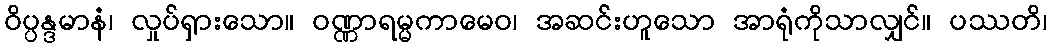
ဝိပ္ပန္ဒမာနံ၊ လှုပ်ရှားသော။ ဝဏ္ဏာရမ္မကာမေဝ၊ အဆင်းဟူသော အာရုံကိုသာလျှင်။ ပဿတိ၊